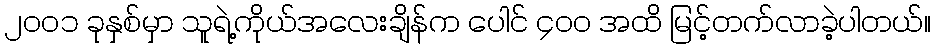
၂၀၀၁ ခုနှစ်မှာ သူရဲ့ကိုယ်အလေးချိန်က ပေါင် ၄၀၀ အထိ မြင့်တက်လာခဲ့ပါတယ်။